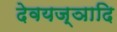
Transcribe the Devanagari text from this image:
देवयज्ञादि